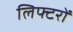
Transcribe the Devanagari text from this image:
लिफ्टरों